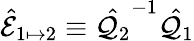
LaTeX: \hat{\mathcal{E}}_{1\mapsto 2}\equiv\hat{\mathcal{Q}_{2}}^{-1}\hat{\mathcal{Q}_{1}}